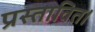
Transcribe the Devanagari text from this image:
प्रस्तावित।